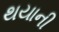
થયાની